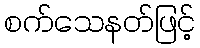
စက်သေနတ်ဖြင့်